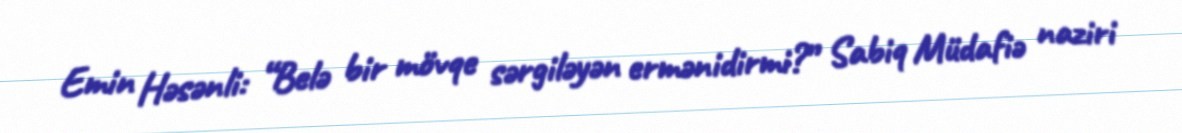
Emin Həsənli: “Belə bir mövqe sərgiləyən ermənidirmi?” Sabiq Müdafiə naziri